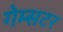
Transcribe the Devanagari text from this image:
गेम्सटर